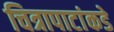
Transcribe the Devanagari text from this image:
चित्रापाटांकडे